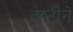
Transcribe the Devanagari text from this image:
दष्‍टीने